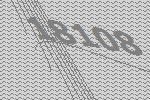
18108